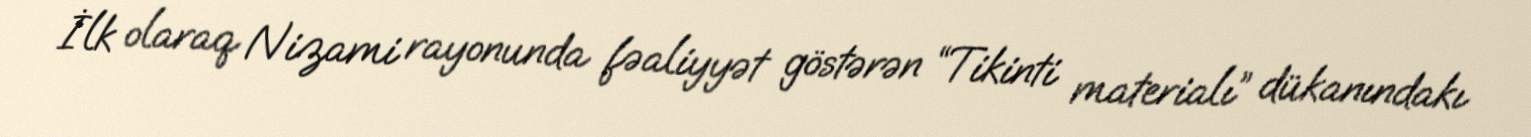
İlk olaraq Nizami rayonunda fəaliyyət göstərən “Tikinti materialı” dükanındakı